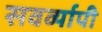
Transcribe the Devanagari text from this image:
सवर्व्यापी